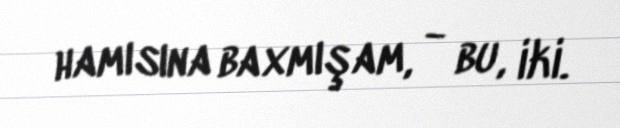
hamısına baxmışam, - bu, iki.